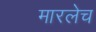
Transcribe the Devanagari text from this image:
मारलेच